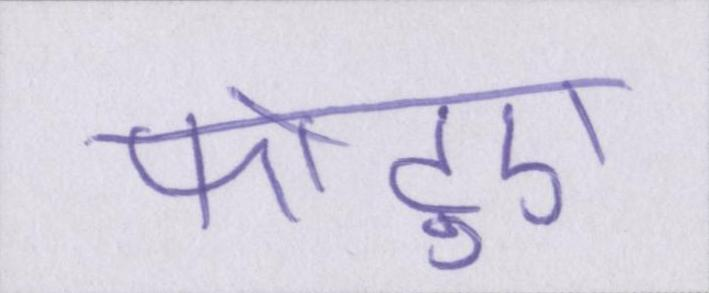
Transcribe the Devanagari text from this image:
फोटुएं